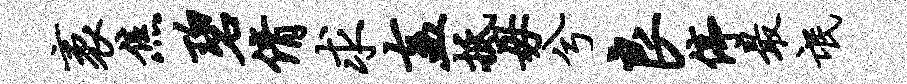
袤焦碧倩求盍抵毋兮良停最氓